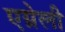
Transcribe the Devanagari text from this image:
एग्नेली